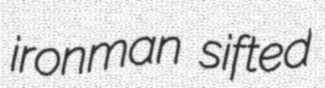
ironman sifted